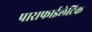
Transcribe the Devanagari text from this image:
पाराफाईलेटिक